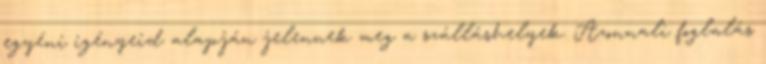
egyéni igényeid alapján jelennek meg a szálláshelyek. Azonnali foglalás